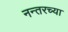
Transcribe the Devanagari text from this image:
नन्तरच्या